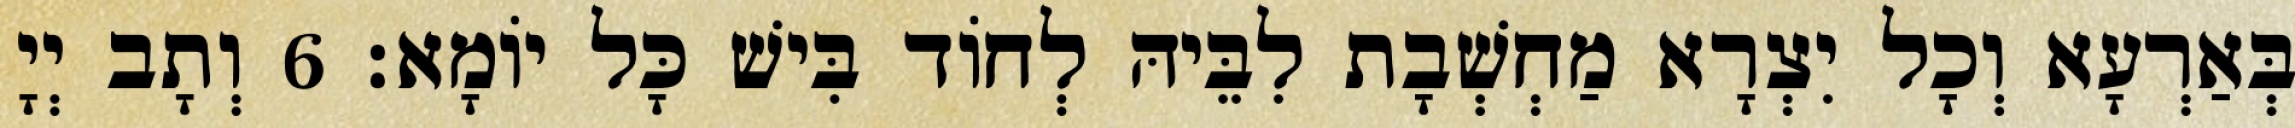
בְּאַרְעָא וְכָל יִצְרָא מַחְשְׁבָת לִבֵּיהּ לְחוֹד בִּישׁ כָּל יוֹמָא׃ 6 וְתָב יְיָ